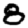
Digit: 8